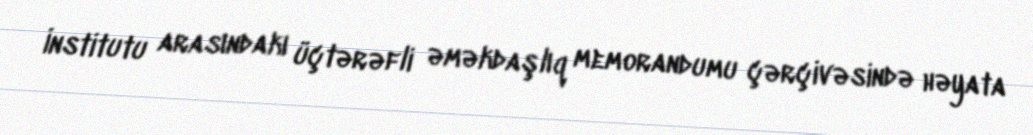
İnstitutu arasındakı üçtərəfli əməkdaşlıq memorandumu çərçivəsində həyata